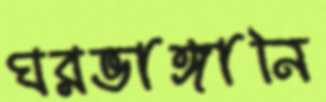
ঘরভাঙ্গানি